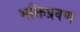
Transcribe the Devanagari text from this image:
भक्तिप्रवण